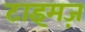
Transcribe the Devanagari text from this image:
टाइमज़